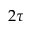
2 \tau